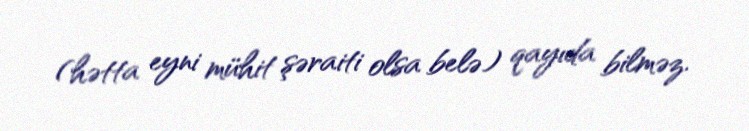
(hətta eyni mühit şəraiti olsa belə) qayıda bilməz.